Civil Veterinary Dept. North-West Frontier Province 1923-32 - 1923-1932
Year: 1923
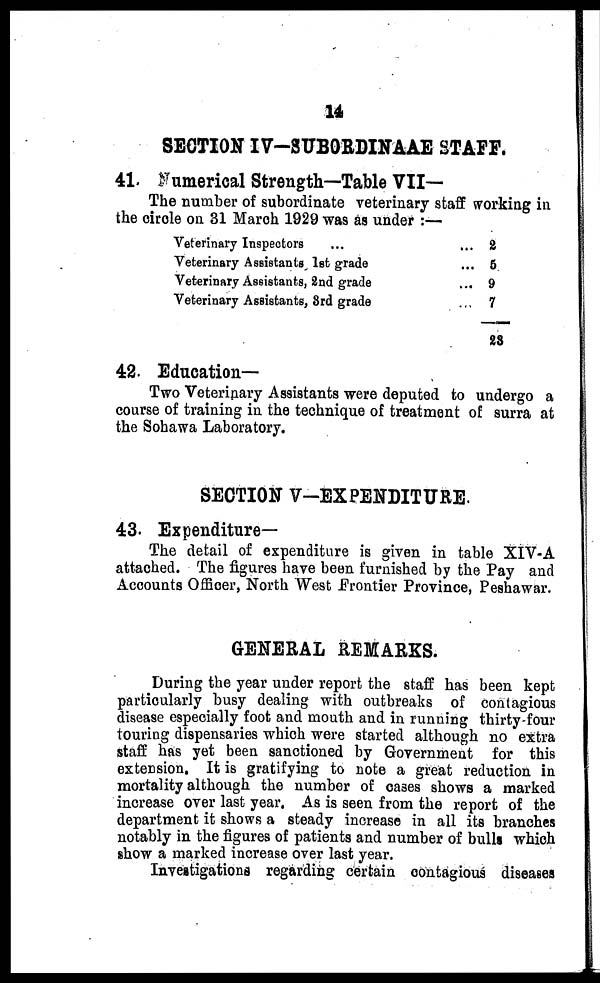
14
SECTION IV-SUBORDINAAE STAFF.
41. Numerical Strength—Table VII—
The number of subordinate veterinary staff working in
the circle on 31 March 1929 was as under :—
Veterinary Inspectors ...
Veterinary Assistants 1st grade
Veterinary Assistants, 2nd grade
Veterinary Assistants, 3rd grade
... 2
... 5
... 9
... 7
23
42. Education—
Two Veterinary Assistants were deputed to undergo a
course of training in the technique of treatment of surra at
the Sohawa Laboratory.
SECTION V-EXPENDITURE.
43. Expenditure—
The detail of expenditure is given in table XIV-A
attached. The figures have been furnished by the Pay and
Accounts Officer, North West Frontier Province, Peshawar.
GENERAL REMARKS.
During the year under report the staff has been kept
particularly busy dealing with outbreaks of contagious
disease especially foot and mouth and in running thirty-four
touring dispensaries which were started although no extra
staff has yet been sanctioned by Government for this
extension. It is gratifying to note a great reduction in
mortality although the number of cases shows a marked
increase over last year. As is seen from the report of the
department it shows a steady increase in all its branches
notably in the figures of patients and number of bulls which
show a marked increase over last year.
Investigations regarding certain contagious diseases